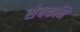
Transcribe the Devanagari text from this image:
सेवकनि